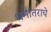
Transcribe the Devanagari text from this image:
धर्मातराचे